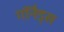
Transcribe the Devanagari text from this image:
गॉनैड्स